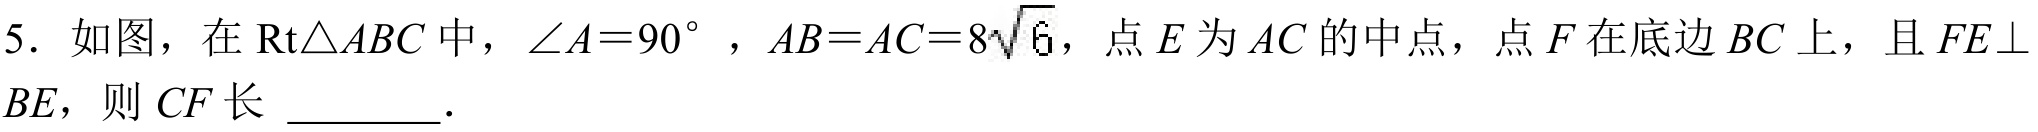
5. 如图，在\(\text{Rt}\triangle ABC\)中，\(\angle A = 90^{\circ}\)，\(AB = AC = 8\sqrt{6}\)，点\(E\)为\(AC\)的中点，点\(F\)在底边\(BC\)上，且\(FE\perp BE\)，则 \(CF\)长 \(\underline{\quad\quad}\).